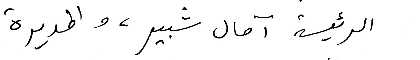
الرئيسة آمال شبير، والمديرة